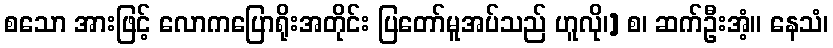
စသော အားဖြင့် လောကပြောရိုးအတိုင်း ပြတော်မူအပ်သည် ဟူလို၊] စ၊ ဆက်ဦးအံ့။ နေသံ၊